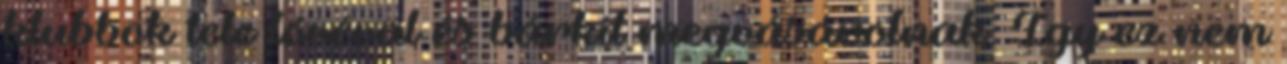
klubbok tele lóvéval és bárkit megvásárolnak. Így ez nem